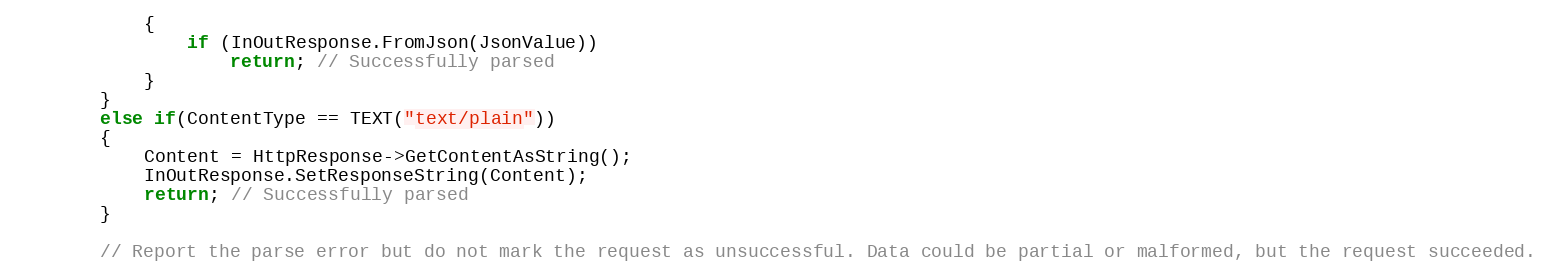
Language: C++
			{
				if (InOutResponse.FromJson(JsonValue))
					return; // Successfully parsed
			}
		}
		else if(ContentType == TEXT("text/plain"))
		{
			Content = HttpResponse->GetContentAsString();
			InOutResponse.SetResponseString(Content);
			return; // Successfully parsed
		}

		// Report the parse error but do not mark the request as unsuccessful. Data could be partial or malformed, but the request succeeded.